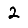
Digit: 2